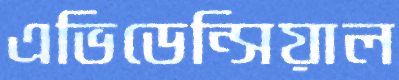
এভিডেন্সিয়াল